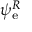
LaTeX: \psi _ { \mathrm { e } } ^ { R }